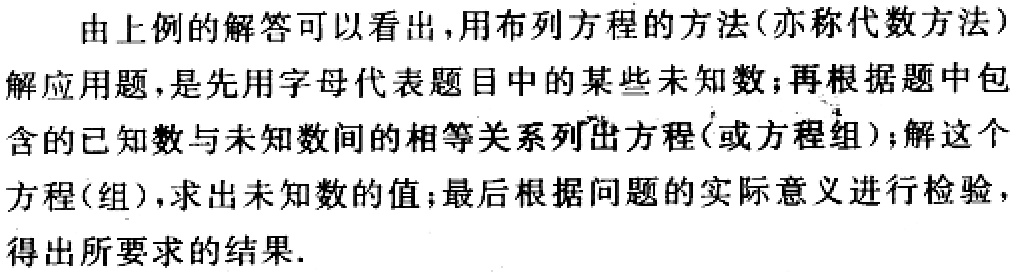
由上例的解答可以看出，用布列方程的方法(亦称代数方法)解应用题，是先用字母代表题目中的某些未知数；再根据题中包含的已知数与未知数间的相等关系列出方程(或方程组)；解这个方程(组)，求出未知数的值；最后根据问题的实际意义进行检验，得出所要求的结果.